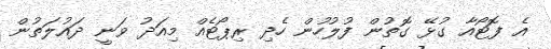
އެ ފޮޓޯއާ ގުޅޭ ގޮތުން ފުލުހުން ހެދި ރިޕޯޓެއް މިއަދު ވަނީ ދައުލަތުން